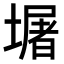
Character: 𭏴